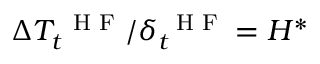
\Delta T _ { t } ^ { \mathrm { ~ \scriptsize ~ H ~ F ~ } } / \delta _ { t } ^ { \mathrm { ~ \scriptsize ~ H ~ F ~ } } = H ^ { * }